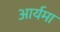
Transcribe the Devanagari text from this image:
आर्यमा